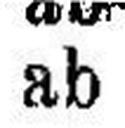
ab